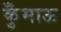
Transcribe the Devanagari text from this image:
कुँमाऊ